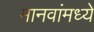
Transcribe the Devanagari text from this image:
मानवांमध्ये